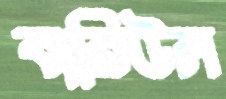
বারিউল